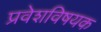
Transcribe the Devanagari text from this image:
प्रवेशविषयक